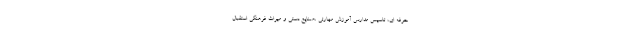
حرفه ای، تاسیس مدارس آموزش مهارتی ،صنایع دستی و میراث فرهنگی استقبال